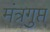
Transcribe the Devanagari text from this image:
मंत्रगुप्त